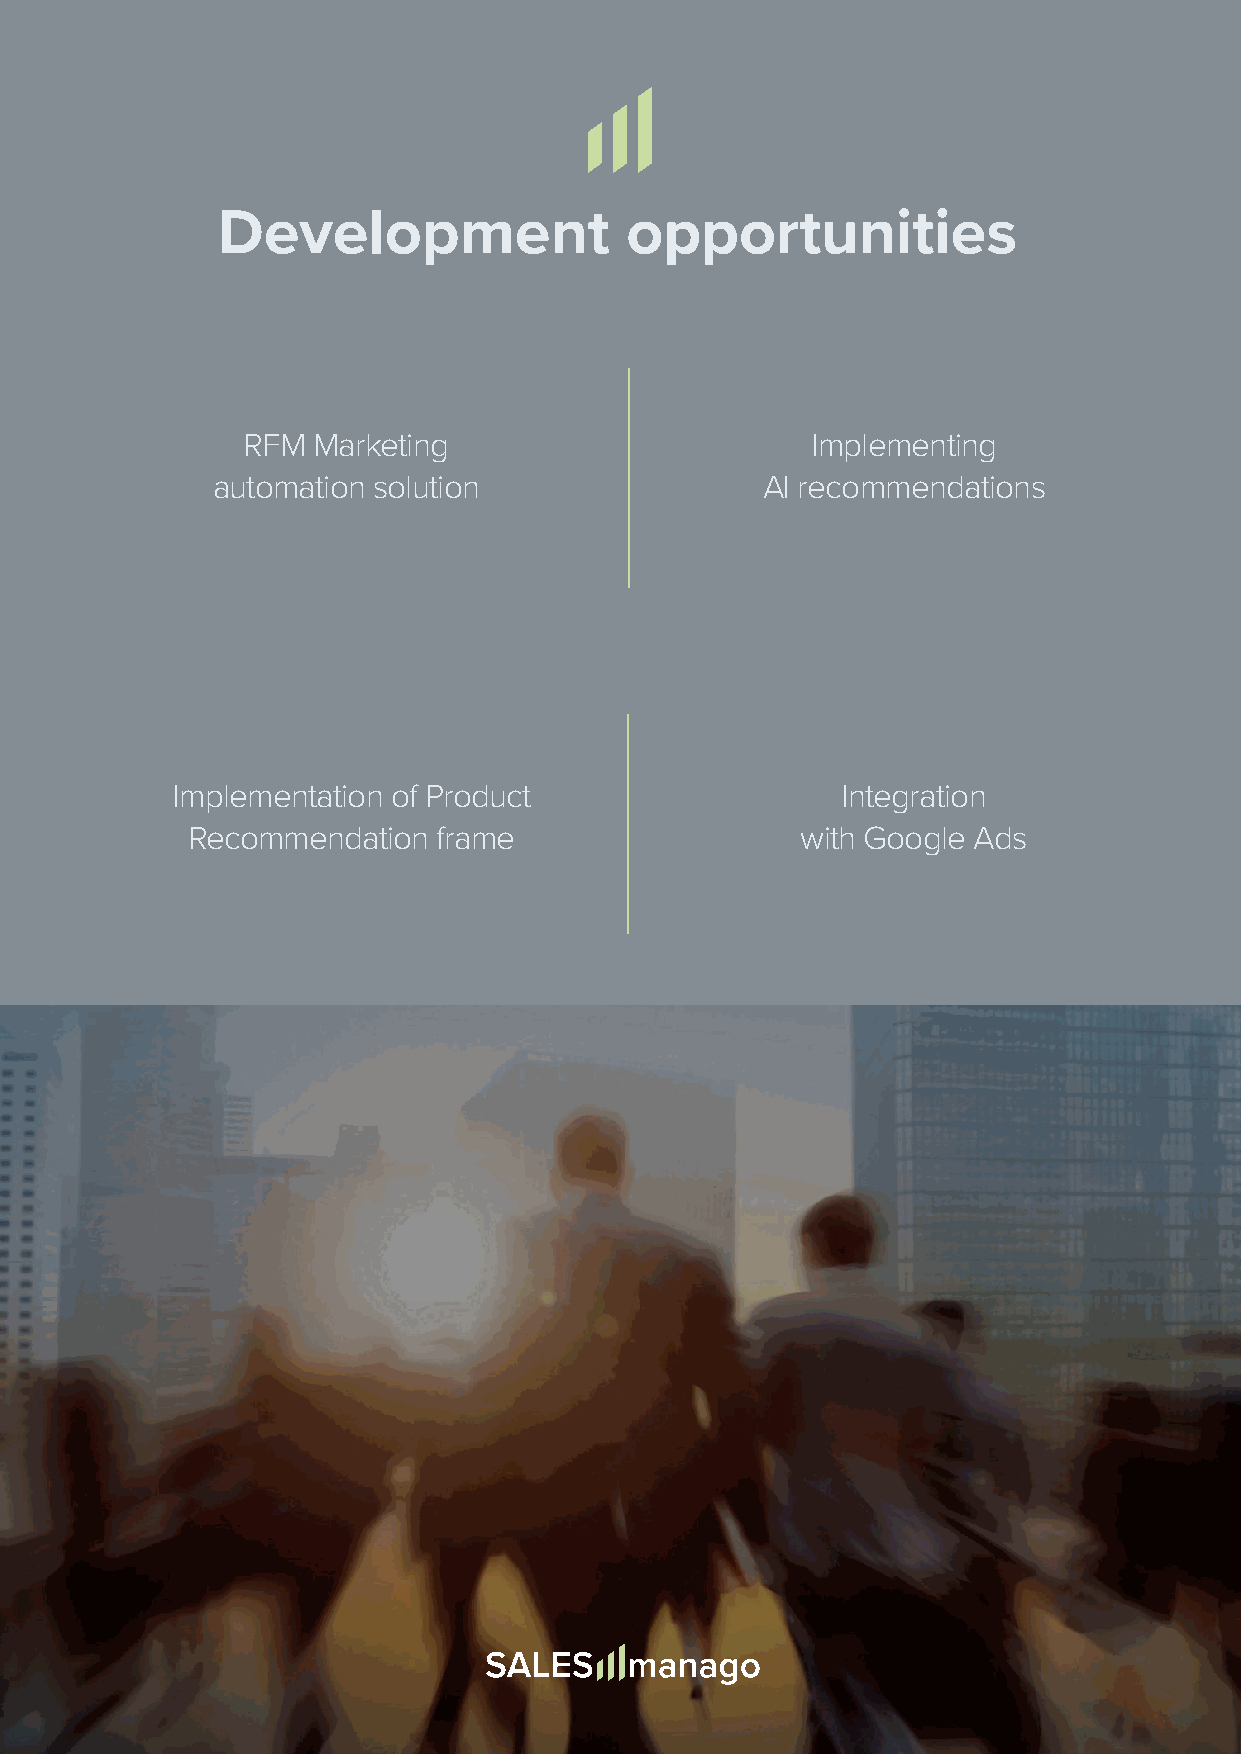
Development                opportunities
 RFM  Marketing                        Implementing
 automation solution                 AI recommendations
 Implementation of Product                    Integration
 Recommendation   frame                   with Google Ads